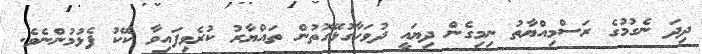
ދިދަ ނެގުމުގެ ރަސްމިއްޔާތު ނިމިގެން ދިޔައީ ދުވަހާގުޅޭގޮތުން ތައްޔާރު ކުރެވިފައިވާ ކޭކު ފެޅުމުންނެވެ.